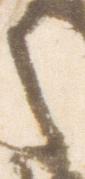
之